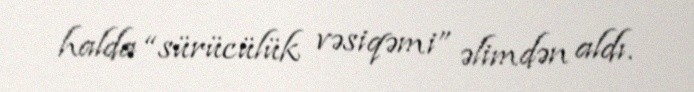
halda “sürücülük vəsiqəmi” əlimdən aldı.